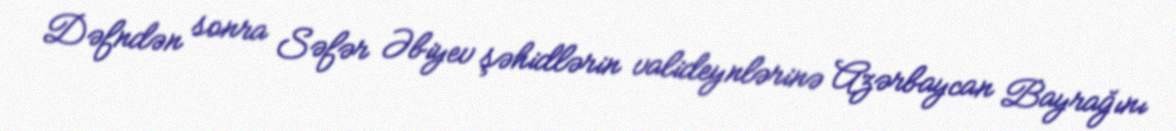
Dəfndən sonra Səfər Əbiyev şəhidlərin valideynlərinə Azərbaycan Bayrağını